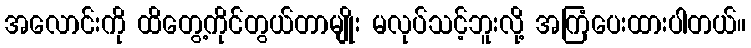
အလောင်းကို ထိတွေ့ကိုင်တွယ်တာမျိုး မလုပ်သင့်ဘူးလို့ အကြံပေးထားပါတယ်။